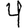
Digit: 4